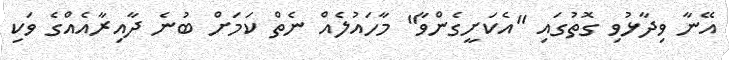
އޭނާ ވިދާޅުވި ގޮތުގައި "އެކަށީގެންވާ" މާހައުލެއް ނެތް ކަމަށް ބުނެ ދާއިރާއެއްގެ ވަކި